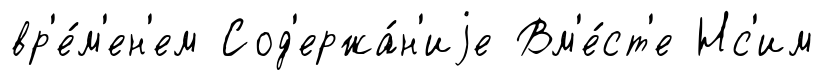
вр'е́м'ен'ем Сод'ержа́н'иjе Вм'е́ст'е Нс'им